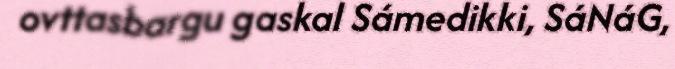
ovttasbargu gaskal Sámedikki, SáNáG,